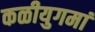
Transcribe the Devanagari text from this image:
कळीयुगमां